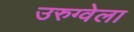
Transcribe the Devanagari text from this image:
उरुग्वेला